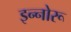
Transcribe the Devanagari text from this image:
इन्नोरू